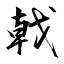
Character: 戟